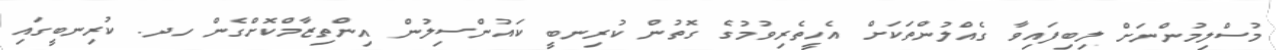
މުސްލިމުންނަށް ލިބިފައިވާ ގެއްލުންތަކަށް އެހީތެރިވުމުގެ ގޮތުން ކުރިނބީ ކައުންސިލުން އިންތިޒާމްކޮށްގެން ހދ. ކުރިނބީގައި